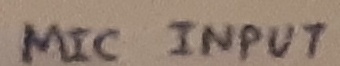
Text: mic input